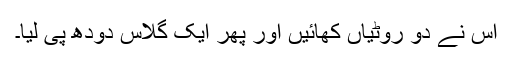
اس نے دو روٹیاں کھائیں اور پھر ایک گلاس دودھ پی لیا۔